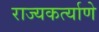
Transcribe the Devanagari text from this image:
राज्यकर्त्याणे